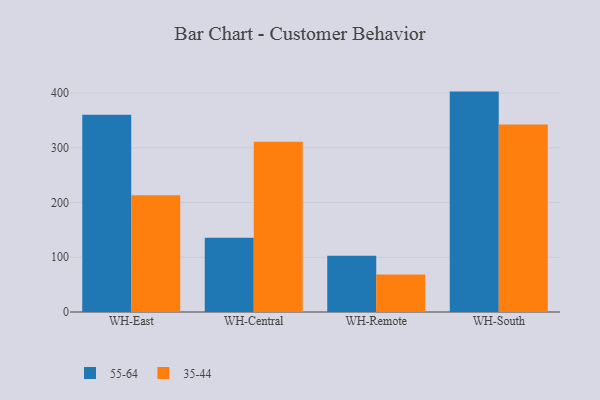
{"axis": {"x": "Warehouse", "y": "Market Share (%)"}, "legend": ["35-44", "55-64"], "data": [{"x": "WH-East", "y": 360.6, "type": "55-64"}, {"x": "WH-East", "y": 213.3, "type": "35-44"}, {"x": "WH-Central", "y": 135.6, "type": "55-64"}, {"x": "WH-Central", "y": 310.9, "type": "35-44"}, {"x": "WH-Remote", "y": 102.9, "type": "55-64"}, {"x": "WH-Remote", "y": 68.5, "type": "35-44"}, {"x": "WH-South", "y": 402.7, "type": "55-64"}, {"x": "WH-South", "y": 342.5, "type": "35-44"}]}